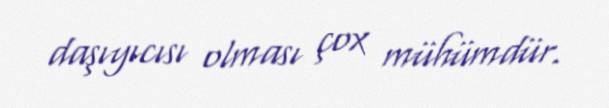
daşıyıcısı olması çox mühümdür.